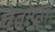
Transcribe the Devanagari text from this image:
चेतोदूत